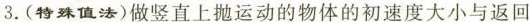
3.(特殊值法)做竖直上抛运动的物体的初速度大小与返回